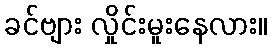
ခင်ဗျား လှိုင်းမူးနေလား။